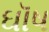
ઘૉષ